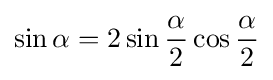
\sin \alpha =2\sin {\frac {\alpha }{2}}\cos {\frac {\alpha }{2}}